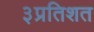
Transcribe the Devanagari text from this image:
३प्रतिशत